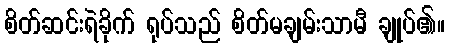
စိတ်ဆင်းရဲခိုက် ရုပ်သည် စိတ်မချမ်းသာမီ ချုပ်၏။